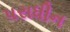
પરાધીન